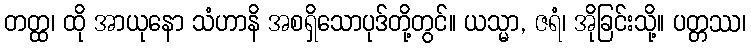
တတ္ထ၊ ထို အာယုနော သံဟာနိ အစရှိသောပုဒ်တို့တွင်။ ယသ္မာ, ဇရံ၊ အိုခြင်းသို့။ ပတ္တဿ၊